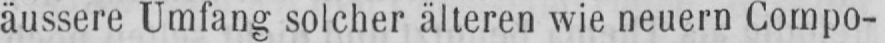
äussere Umfang solcher älteren wie neuem Compo-